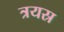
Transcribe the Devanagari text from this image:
त्रयस्र